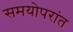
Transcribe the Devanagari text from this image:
समयोपरांत